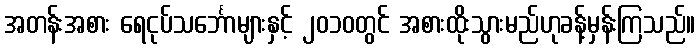
အတန်းအစား ရေငုပ်သင်္ဘောများနှင့် ၂၀၁၀တွင် အစားထိုးသွားမည်ဟုခန့်မှန်းကြသည်။